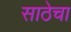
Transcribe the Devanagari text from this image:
साठेचा